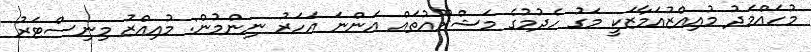
މުހައްމަދު މުއިއްޒުއަމާޒަކީ މަގު ހެދުމުގެ މަޝްރޫއުތައް އަންނަ އަހަރު ނިންމުން: މުއިއްޒު މިނިސްޓަރު